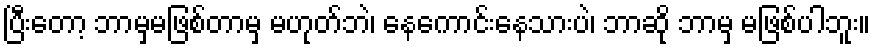
ပြီးတော့ ဘာမှမဖြစ်တာမှ မဟုတ်ဘဲ၊ နေကောင်းနေသားပဲ၊ ဘာဆို ဘာမှ မဖြစ်ပါဘူး။